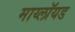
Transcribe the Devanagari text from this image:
माय्लॉयड